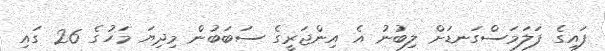
ފައިގެ ފަލަމަސްގަނޑަށް ލިބުނު އެ އިންޖަރީގެ ސަބަބުން މިދިޔަ މަހުގެ 26 ގައި